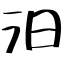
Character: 汨